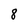
Character: 8